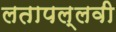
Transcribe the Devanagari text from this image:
लतापल्लवी